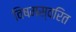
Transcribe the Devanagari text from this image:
विषमस्वरित